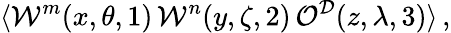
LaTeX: \langle{\cal W}^{m}(x,\theta,1)\, {\cal W}^{n}(y,\zeta,2)\, {\cal O}^{{\cal D}}(z,\lambda,3)\rangle\, ,